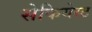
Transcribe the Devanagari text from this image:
सेकियेस्ट